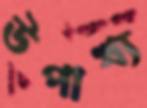
উপাখ্য